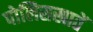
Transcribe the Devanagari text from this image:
पोलिसखातें